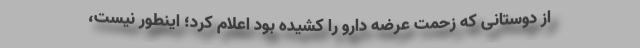
از دوستانی که زحمت عرضه دارو را کشیده بود اعلام کرد؛ اینطور نیست،